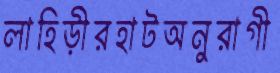
লাহিড়ীরহাটঅনুরাগী